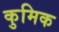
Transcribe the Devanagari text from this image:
कुमिक